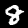
Digit: 8